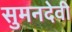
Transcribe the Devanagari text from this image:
सुमनदेवी